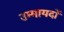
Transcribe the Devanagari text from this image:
उम्मायदों